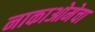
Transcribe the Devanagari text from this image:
नाकाओमेचा